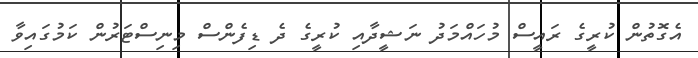
އެގޮތުން ކުރީގެ ރައީސް މުހައްމަދު ނަޝީދާއި ކުރީގެ ދެ ޑިފެންސް މިނިސްޓަރުން ކަމުގައިވާ